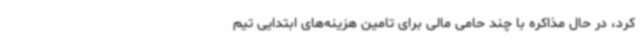
کرد، در حال مذاکره با چند حامی مالی برای تامین هزینه‌های ابتدایی تیم